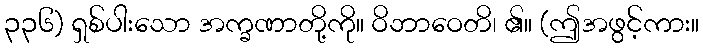
၃၃၆) ရှစ်ပါးသော အက္ခဏာတို့ကို။ ဝိဘာဝေတိ၊ ၏။ (ဤအဖွင့်ကား။